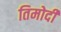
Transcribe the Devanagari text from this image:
तिमोदी